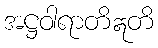
အဋ္ဌဝါရာတိဣတိ